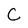
Character: C